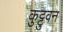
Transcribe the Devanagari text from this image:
कुट्टुवन